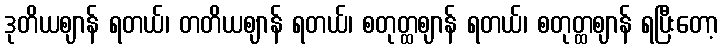
ဒုတိယဈာန် ရတယ်၊ တတိယဈာန် ရတယ်၊ စတုတ္ထဈာန် ရတယ်၊ စတုတ္ထဈာန် ရပြီးတော့